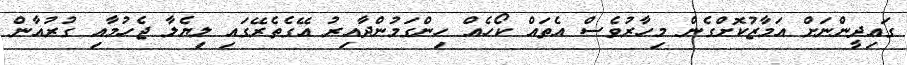
ގައިދީންނަށް އަމާޒުކޮށްގެން މިހާރުވެސް އެތައް ކޯހެއް ހިންގަމުންދާއިރު އޭގެތެރޭގައި ލިޔެލާ ޖެހުމާއި ގުރުއާން